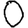
Digit: 0